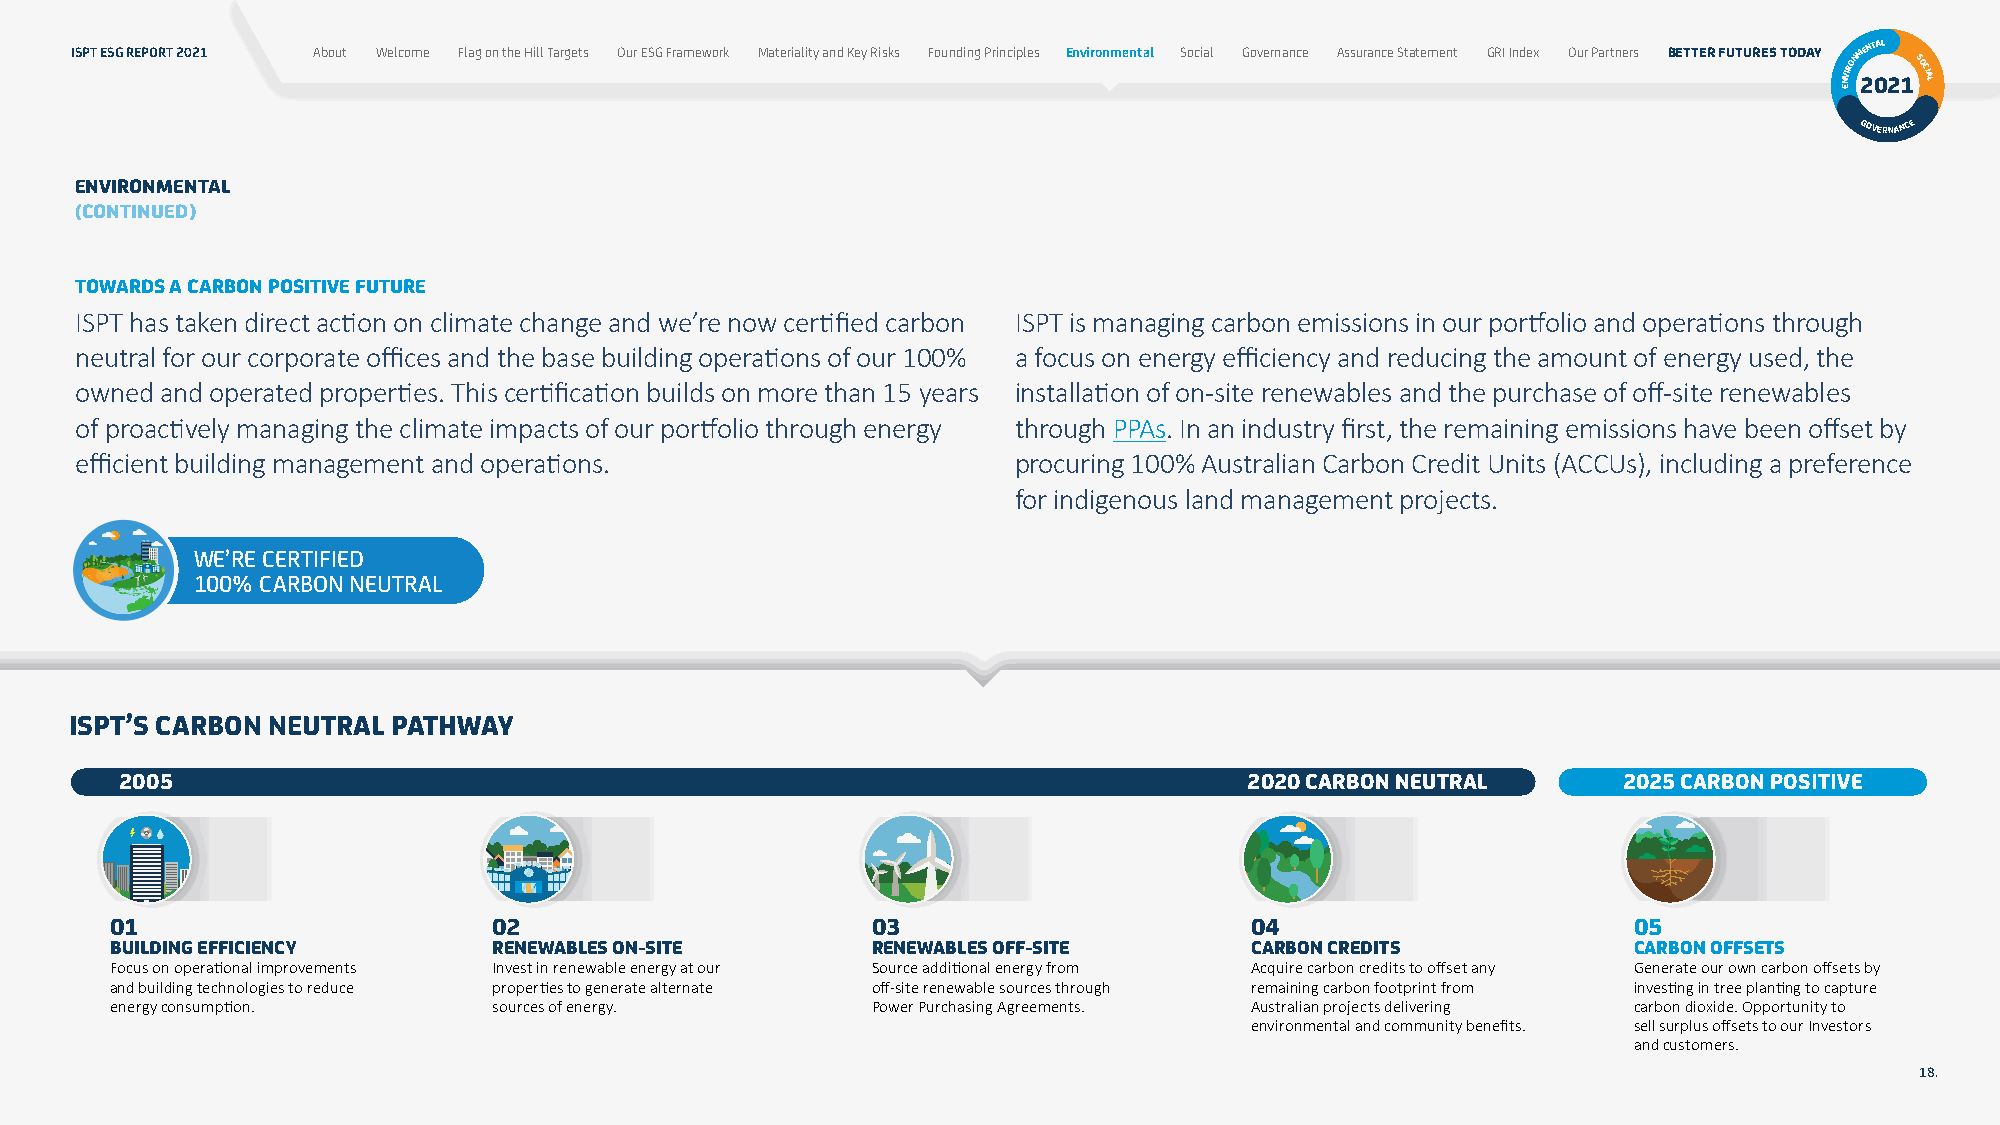
ISPT ESG REPORT 2021 About Welcome Flag on the Hill Targets Our ESG Framework Materiality and Key Risks Founding Principles Environmental Social Governance Assurance Statement GRI Index Our Partners BETTER FUTURES TODAY NVIRONM 2ENT 0AL
 21SOCIAL
 E
 GOVERNANCE
 ENVIRONMENTAL
 (CONTINUED)
 TOWARDS A CARBON POSITIVE FUTURE
 ISPT has taken direct action on climate change and we’re now certified carbon ISPT is managing carbon emissions in our portfolio and operations through
 neutral for our corporate offices and the base building operations of our 100% a focus on energy efficiency and reducing the amount of energy used, the
 owned and operated properties. This certification builds on more than 15 years installation of on-site renewables and the purchase of off-site renewables
 of proactively managing the climate impacts of our portfolio through energy through PPAs. In an industry first, the remaining emissions have been offset by
 efficient building management and operations.                 procuring 100% Australian Carbon Credit Units (ACCUs), including a preference
 for indigenous land management projects.
 WE’RE CERTIFIED
 100% CARBON NEUTRAL
 ISPT’S CARBON NEUTRAL PATHWAY
 2005                                                                       2020 CARBON NEUTRAL     2025 CARBON POSITIVE
 01                        02                       03                       04                       05
 BUILDING EFFICIENCY       RENEWABLES ON-SITE       RENEWABLES OFF-SITE      CARBON CREDITS           CARBON OFFSETS
 Focus on operational improvements Invest in renewable energy at our Source additional energy from Acquire carbon credits to offset any Generate our own carbon offsets by
 and building technologies to reduce properties to generate alternate off-site renewable sources through remaining carbon footprint from investing in tree planting to capture
 energy consumption.       sources of energy.       Power Purchasing Agreements. Australian projects delivering carbon dioxide. Opportunity to
 environmental and community benefits. sell surplus offsets to our Investors
 and customers.
 18.